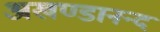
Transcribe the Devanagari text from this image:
अखण्डानन्द